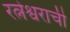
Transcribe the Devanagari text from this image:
रत्नेश्वराची